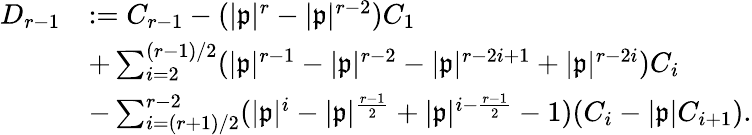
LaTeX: \begin{array}{rl}{D_{r-1}}&{:=C_{r-1}-(|\mathfrak{p}|^{r}-|\mathfrak{p}|^{r-2})C_{1}}\\ &{+\sum_{i=2}^{(r-1)/2}(|\mathfrak{p}|^{r-1}-|\mathfrak{p}|^{r-2}-|\mathfrak{p}|^{r-2i+1}+|\mathfrak{p}|^{r-2i})C_{i}}\\ &{-\sum_{i=(r+1)/2}^{r-2}(|\mathfrak{p}|^{i}-|\mathfrak{p}|^{\frac{r-1}{2}}+|\mathfrak{p}|^{i-\frac{r-1}{2}}-1)(C_{i}-|\mathfrak{p}|C_{i+1}).}\end{array}